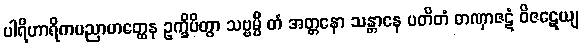
ပါရိဟာရိကပညာဟတ္ထေန ဥက္ခိပိတွာ သဗ္ဗမ္ပိ တံ အတ္တနော သန္တာနေ ပတိတံ တဏှာဇဋံ ဝိဇဋေယျ